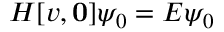
H [ v , \mathbf { 0 } ] \psi _ { 0 } = E \psi _ { 0 }